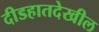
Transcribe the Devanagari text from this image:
दीडहातदेखील